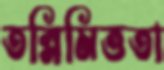
তন্নিমিত্ততা